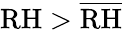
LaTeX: \mathrm{RH}>\overline{{\mathrm{RH}}}